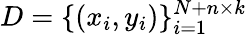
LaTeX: D=\{ (x_{i},y_{i})\} _{i=1}^{N+n\times k}